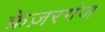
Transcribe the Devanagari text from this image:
फ्रेज़रगंज